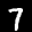
Label: 7